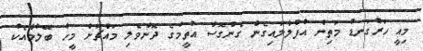
މިއީ ހަރުގަނޑު މަތިން އުފުލާލައިގެން ގެންގޮސް އުތީމުގެ ދޮންވެލި މައްޗަށް މީހާ ބޭލުމާއެކު